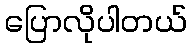
ပြောလိုပါတယ်